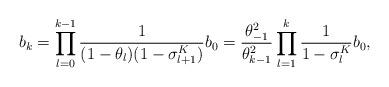
LaTeX: \begin{align*}b_k = \prod_{l=0}^{k-1} \frac{1}{(1-\theta_l)(1-\sigma^K_{l+1})}b_0 = \frac{\theta_{-1}^2}{\theta_{k-1}^2}\prod_{l=1}^{k} \frac{1}{1-\sigma^K_{l}}b_0 ,\end{align*}